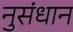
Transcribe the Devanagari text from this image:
नुसंधान